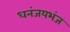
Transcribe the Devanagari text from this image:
धनंजयभंज